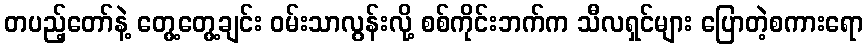
တပည့်တော်နဲ့ တွေ့တွေ့ချင်း ဝမ်းသာလွန်းလို့ စစ်ကိုင်းဘက်က သီလရှင်များ ပြောတဲ့စကားရော